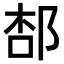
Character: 𨛢